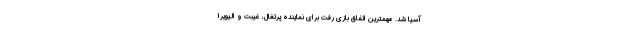
آسیا شد. مهمترین اتفاق بازی رفت برای نماینده پرتغال، غیبت و الیویرا